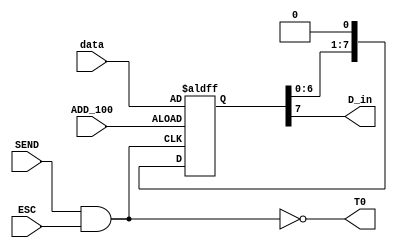
// ----------------   p_to_s.v ---------------------------------
module p_to_s(D_in,T0,data,SEND,ESC,ADD_100); 
 output       D_in,T0;            // D_inT0 
                                      // CPU 
 input [7:0] data;               // 
 input       SEND,ESC,ADD_100;   //SENDESC 
                                      //ADD_100 
 wire        D_in,T0; 
 reg [7:0] DATA_Q,DATA_Q_buf; 
 
 assign       T0 = ! (SEND & ESC);      //. 
 assign       D_in = DATA_Q[7];         // 
 
 always @(posedge T0 or negedge ADD_100)  //ADD_100T0 
   begin 
     if(!ADD_100)
       DATA_Q = data; 
     else 
       begin 
       DATA_Q_buf = DATA_Q<<1;        //DATA_Q_buf 
       DATA_Q   = DATA_Q_buf;           // 
       end 
   end 
 
endmodule